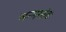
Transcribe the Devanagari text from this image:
जन्मगांवः